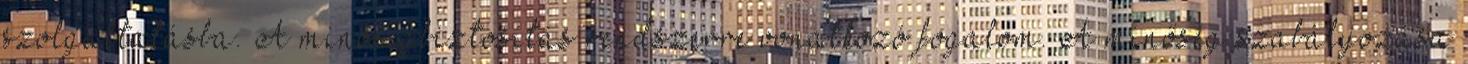
szolgáltatásba. A minőségbiztosítás rendszerre vonatkozó fogalom. A minőség szabályozása